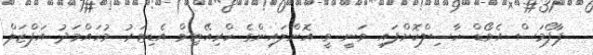
ޕާފޯމަސް އެވޯޑް ހާސިލްކޮށްފައި ވަނީ ވީ އޮންލައިންގެ ކްރިއޭޓިވް އެޑިޓަރު މުހައްމަދު އަފްޒަލް